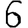
Digit: 6